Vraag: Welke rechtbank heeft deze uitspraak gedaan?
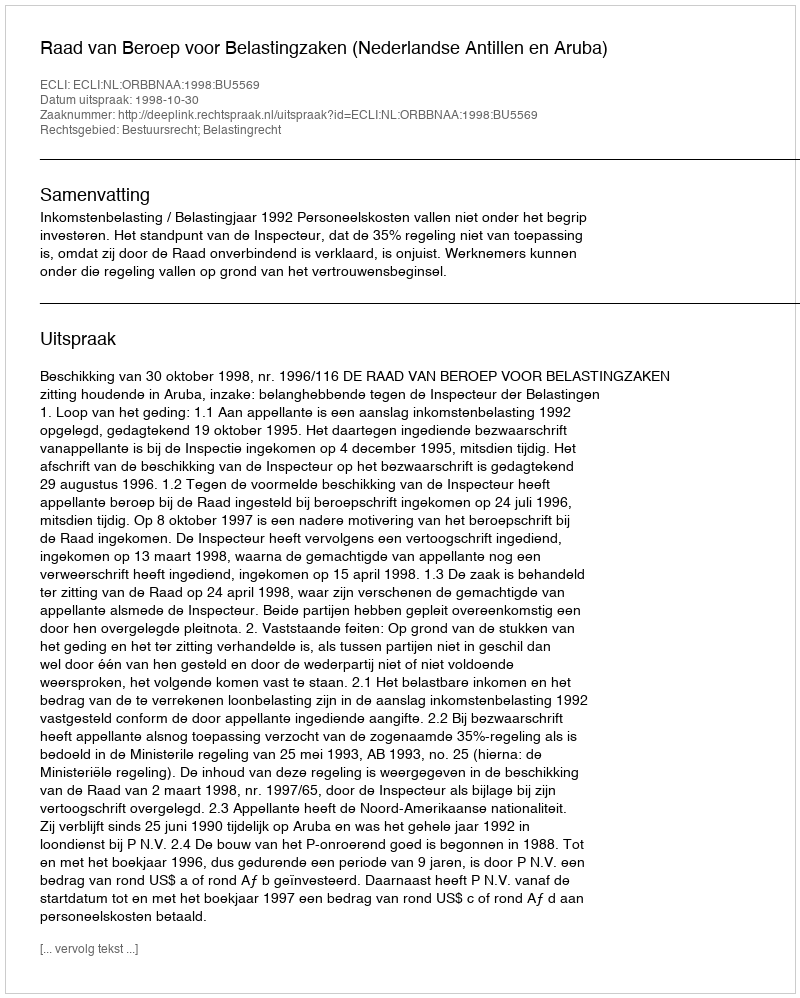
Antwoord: Raad van Beroep voor Belastingzaken (Nederlandse Antillen en Aruba)